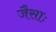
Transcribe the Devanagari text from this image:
जैसाः